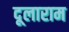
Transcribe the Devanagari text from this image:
दूलाराम